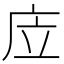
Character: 㡴